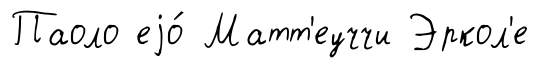
Паоло еjо́ Матт'еуччи Эркол'е